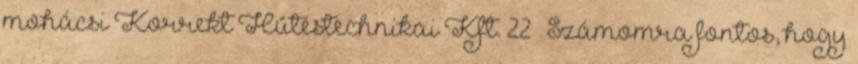
mohácsi Korrekt Hûtéstechnikai Kft. 22 — Számomra fontos, hogy